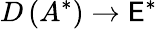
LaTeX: D\left(A^{*}\right)\to\mathsf{E}^{*}